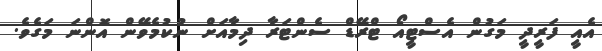
އެއީ ފަރީދީ މަގުން އެސްޓީއޯ ޓްރޭޑް ސެންޓަރާ ދިމާއަށް ނުކުމެވޭން އޮންނަ މަގެވެ.